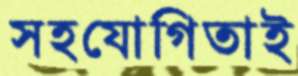
সহযোগিতাই